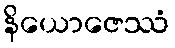
နိယောဇေဿံ